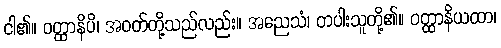
ငါ၏။ ဝတ္ထာနိပိ၊ အဝတ်တို့သည်လည်း။ အညေသံ၊ တပါးသူတို့၏။ ဝတ္ထာနိယထာ၊